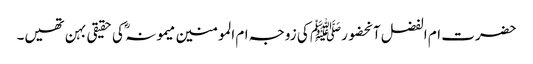
حضرت ام الفضل آنحضورﷺ کی زوجہ ام المومنین میمونہ ؓ کی حقیقی بہن تھیں۔